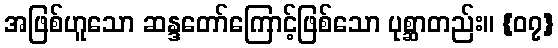
အဖြစ်ဟူသော ဆန္ဒတော်ကြောင့်ဖြစ်သော ပုစ္ဆာတည်း။ {၀၇}